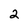
Character: 2